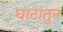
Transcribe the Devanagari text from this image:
घाटातुन